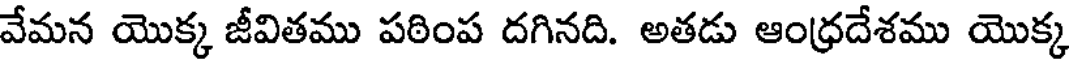
వేమన యొక్క జీవితము పఠింప దగినది. అతడు ఆంధ్రదేశము యొక్క